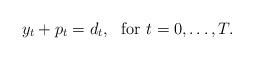
LaTeX: \begin{align*}y_t + p_t = d_t,~\mbox{ for } t=0,\dots, T.\end{align*}